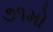
૭૧મો